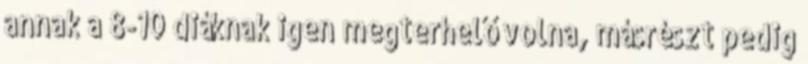
annak a 8-10 diáknak igen megterhelő volna, másrészt pedig